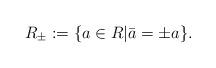
LaTeX: \begin{align*}R_{\pm}:=\{a\in R|\bar{a}=\pm a\}.\end{align*}